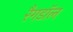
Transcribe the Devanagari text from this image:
रैगडॉल